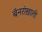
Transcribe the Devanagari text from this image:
बॅनरांखाली